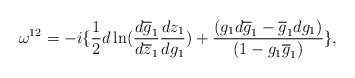
LaTeX: \begin{align*}\omega^{12}= -i \{ \frac{1}{2}d\ln (\frac{d\overline{g}_{1}}{d\overline{z}_{1}}\frac{dz_{1}}{dg_{1}}) + \frac{(g_{1}d\overline{g}_{1} - \overline{g}_{1}dg_{1})}{(1-g_{1}\overline{g}_{1})}\},\end{align*}